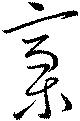
槁